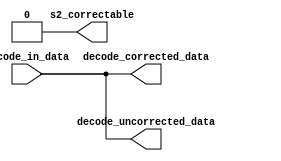
module mprcDecode(
  input [127:0] decode_in_data,
  output [127:0] decode_corrected_data,
  output [127:0] decode_uncorrected_data,
  output s2_correctable
);

  assign s2_correctable = 1'h0;
  assign decode_corrected_data = decode_in_data;
  assign decode_uncorrected_data = decode_in_data;
endmodule

module mprcEncode(
  input [127:0] encode_data_in,
  output [127:0] encode_data_out
);
  assign encode_data_out = encode_data_in;
endmodule